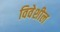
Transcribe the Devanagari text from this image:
विवेशील